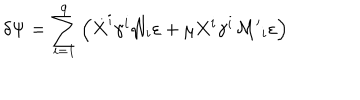
\delta \Psi = \sum _ { i = 1 } ^ { 9 } \left( \dot { X } ^ { i } \gamma ^ { i } { \cal { N } } _ { i } \varepsilon + \mu X ^ { i } \gamma ^ { i } { \cal { M ^ { \prime } } } _ { i } \varepsilon \right)